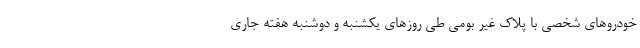
خودروهای شخصی با پلاک غیر بومی طی روزهای یکشنبه و دوشنبه هفته جاری